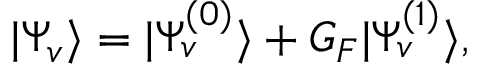
\begin{array} { r } { | \Psi _ { v } \rangle = | \Psi _ { v } ^ { ( 0 ) } \rangle + G _ { F } | \Psi _ { v } ^ { ( 1 ) } \rangle , } \end{array}